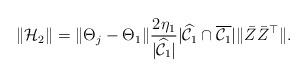
LaTeX: \begin{align*} \|\mathcal{H}_2\| & = \|\Theta_j - \Theta_1\| \frac{2\eta_1}{|\widehat{\mathcal{C}}_1|} |\widehat{\mathcal{C}}_1 \cap \overline{\mathcal{C}_1}| \|\bar{Z}\bar{Z}^{\top}\|.\end{align*}